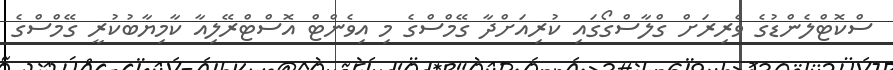
ސްކޮޓްލެންޑުގެ ވެރިރަށް ގްލާސްގޯގައި ކުރިއަށްދާ ގޭމްސްގެ މި އިވެންޓް އޮސްޓްރޭލިއާ ކާމިޔާބުކުރީ ގޭމްސްގެ